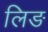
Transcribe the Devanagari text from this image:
लिङ